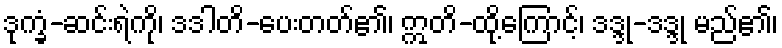
ဒုက္ခံ-ဆင်းရဲကို၊ ဒဒါတိ-ပေးတတ်၏၊ ဣတိ-ထို့ကြောင့်၊ ဒဒ္ဒု-ဒဒ္ဒု မည်၏၊